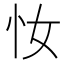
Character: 𢖵